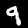
Label: 9